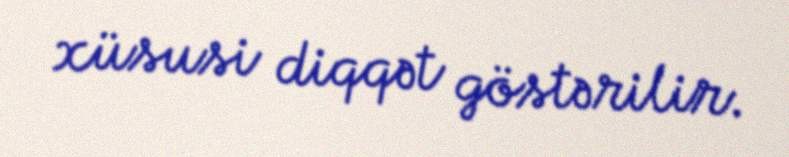
xüsusi diqqət göstərilir.